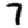
Digit: 7